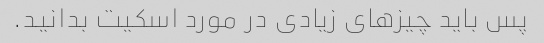
پس باید چیزهای زیادی در مورد اسکیت بدانید.